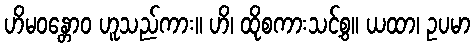
ဟိမဝန္တောဝ ဟူသည်ကား။ ဟိ၊ ထိုစကားသင့်စွ။ ယထာ၊ ဥပမာ